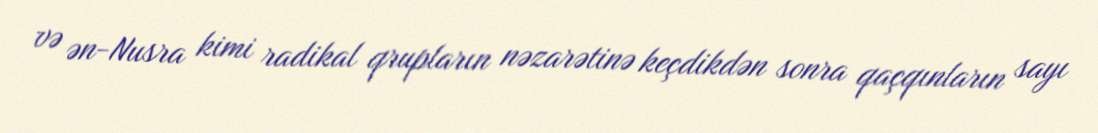
və ən-Nusra kimi radikal qrupların nəzarətinə keçdikdən sonra qaçqınların sayı